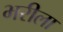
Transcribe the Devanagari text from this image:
भरीला